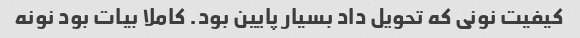
کیفیت نونی که تحویل داد بسیار پایین بود. کاملا بیات بود نونه